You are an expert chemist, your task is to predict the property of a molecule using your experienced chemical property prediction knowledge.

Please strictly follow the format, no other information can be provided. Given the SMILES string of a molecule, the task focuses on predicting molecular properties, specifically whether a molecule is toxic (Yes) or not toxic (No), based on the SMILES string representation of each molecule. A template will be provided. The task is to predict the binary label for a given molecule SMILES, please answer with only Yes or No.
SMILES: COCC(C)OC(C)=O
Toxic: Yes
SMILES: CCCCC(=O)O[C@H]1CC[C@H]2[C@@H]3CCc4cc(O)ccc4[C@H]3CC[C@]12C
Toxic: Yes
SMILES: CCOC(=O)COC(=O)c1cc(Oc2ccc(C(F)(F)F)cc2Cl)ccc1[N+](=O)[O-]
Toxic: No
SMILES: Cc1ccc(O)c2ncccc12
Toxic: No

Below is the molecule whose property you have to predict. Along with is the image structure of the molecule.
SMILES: CC(C)OP(=O)(CP(=O)(OC(C)C)OC(C)C)OC(C)C
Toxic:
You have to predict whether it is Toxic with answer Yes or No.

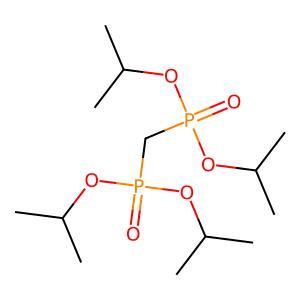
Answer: No